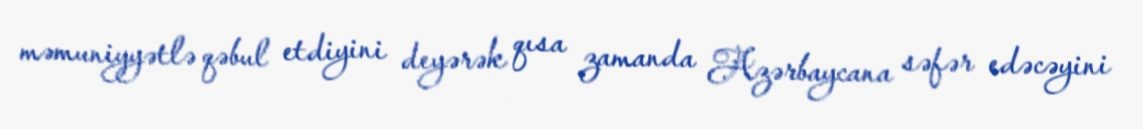
məmuniyyətlə qəbul etdiyini deyərək qısa zamanda Azərbaycana səfər edəcəyini